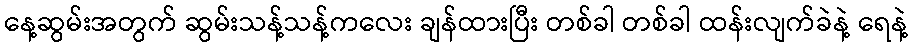
နေ့ဆွမ်းအတွက် ဆွမ်းသန့်သန့်ကလေး ချန်ထားပြီး တစ်ခါ တစ်ခါ ထန်းလျက်ခဲနဲ့ ရေနဲ့